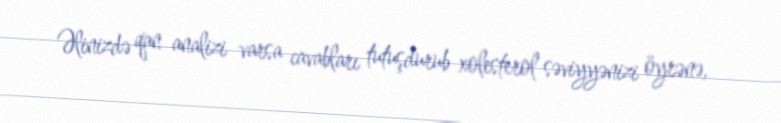
Əlinizdə qan analizi varsa cavabları tutuşdurub xolesterol səviyyənizi öyrənə,